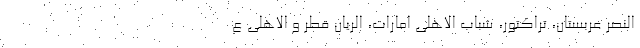
النصر عربستان، تراکتور، شباب الاهلی امارات، الریان قطر و الاهلی ع